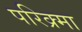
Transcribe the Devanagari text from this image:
परिक्र्मा